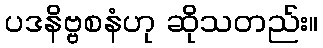
ပဒနိဗ္ဗစနံဟု ဆိုသတည်း။